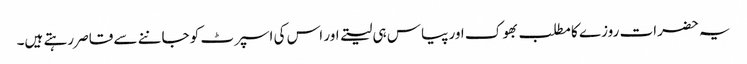
یہ حضرات روزے کا مطلب بھوک اور پیاس ہی لیتے اور اس کی اسپرٹ کو جاننے سے قاصر رہتے ہیں۔